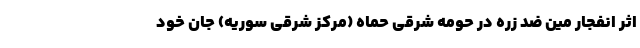
اثر انفجار مین ضد زره در حومه شرقی حماه (مرکز شرقی سوریه) جان خود